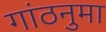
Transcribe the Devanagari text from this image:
गांठनुमा